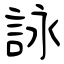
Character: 詠